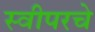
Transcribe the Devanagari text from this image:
स्वीपरचे